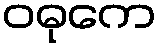
ဝဓုကေ